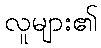
လူများ၏